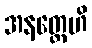
အနတ္တေဟိ